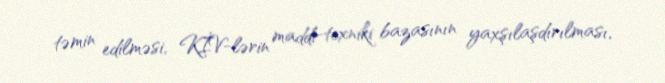
təmin edilməsi, KİV-lərin maddi-texniki bazasının yaxşılaşdırılması,